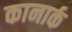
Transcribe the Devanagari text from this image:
कानार्क